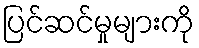
ပြင်ဆင်မှုများကို